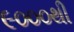
૯૦૦૦થી